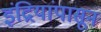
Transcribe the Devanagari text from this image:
इंद्रियांपासून